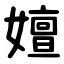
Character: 嬗